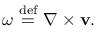
{ \boldsymbol { \omega } } ~ { \stackrel { \mathrm { d e f } } { = } } ~ \nabla \times \mathbf { v } .